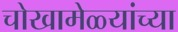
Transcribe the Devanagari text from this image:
चोखामेळ्यांच्या